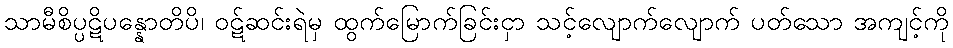
သာမီစိပ္ပဋိပန္နောတိပိ၊ ဝဋ်ဆင်းရဲမှ ထွက်မြောက်ခြင်းငှာ သင့်လျောက်လျောက် ပတ်သော အကျင့်ကို